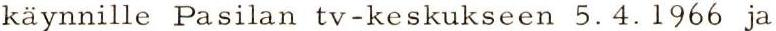
käynnille Pasilan tv-keskukseen 5.4.1966 ja